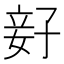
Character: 𫲨